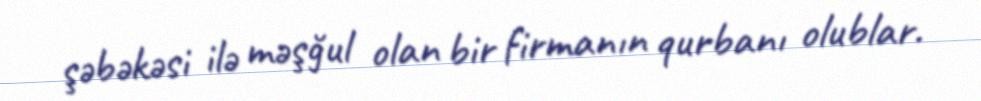
şəbəkəsi ilə məşğul olan bir firmanın qurbanı olublar.